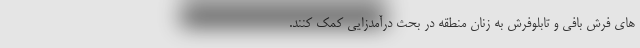
های فرش بافی و تابلوفرش به زنان منطقه در بحث درآمدزایی کمک کنند.